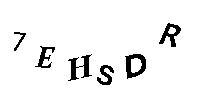
7EHSDR